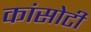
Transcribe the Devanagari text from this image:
कांसोटी